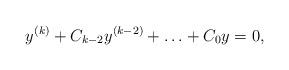
LaTeX: \begin{align*} y^{(k)} + C_{k-2} y^{(k-2)} + \ldots + C_0 y = 0,\end{align*}